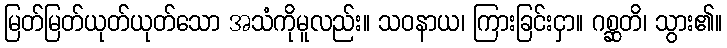
မြတ်မြတ်ယုတ်ယုတ်သော အသံကိုမူလည်း။ သဝနာယ၊ ကြားခြင်းငှာ။ ဂစ္ဆတိ၊ သွား၏။